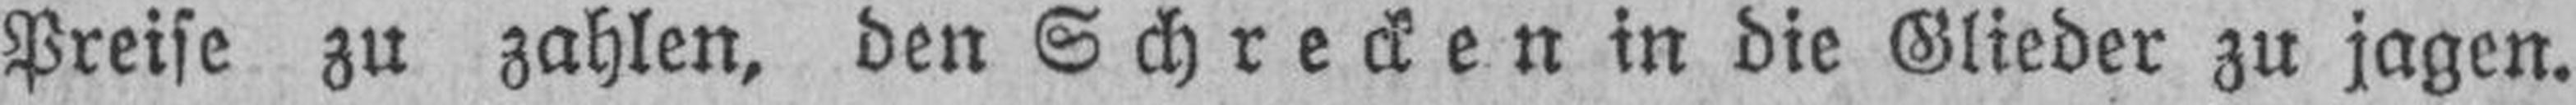
Preise zu zahlen, den Schrecken in die Glieder zu jagen.